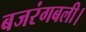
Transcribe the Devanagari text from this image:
बजरंगबली।